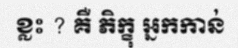
ខ្លះ ? គឺ ភិក្ខុ អ្នកកាន់